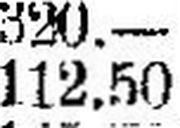
112.50